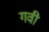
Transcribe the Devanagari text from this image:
गवी